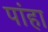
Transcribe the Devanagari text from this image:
पांहा